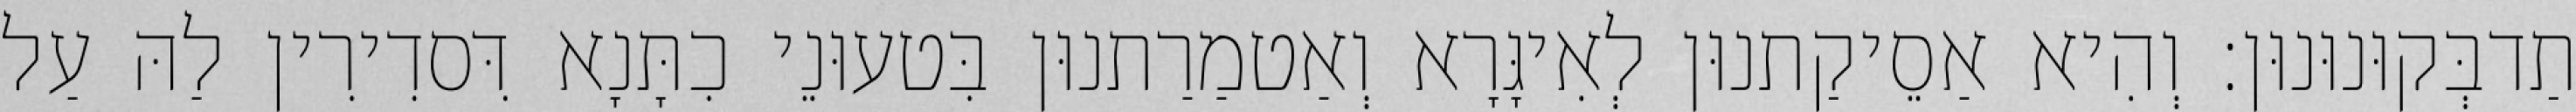
תַדבְּקוּנוּנוּן׃ וְהִיא אַסֵיקַתנוּן לְאִיגָּרָא וְאַטמַרַתנוּן בִּטעוּנֵי כִתָּנָא דִּסדִירִין לַהּ עַל